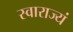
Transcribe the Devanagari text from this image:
स्वाराज्यं